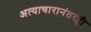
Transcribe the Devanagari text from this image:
अत्याचारानंतरही